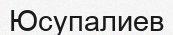
Юсупалиев